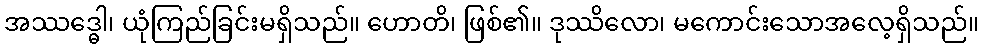
အဿဒ္ဓေါ၊ ယုံကြည်ခြင်းမရှိသည်။ ဟောတိ၊ ဖြစ်၏။ ဒုဿိလော၊ မကောင်းသောအလေ့ရှိသည်။